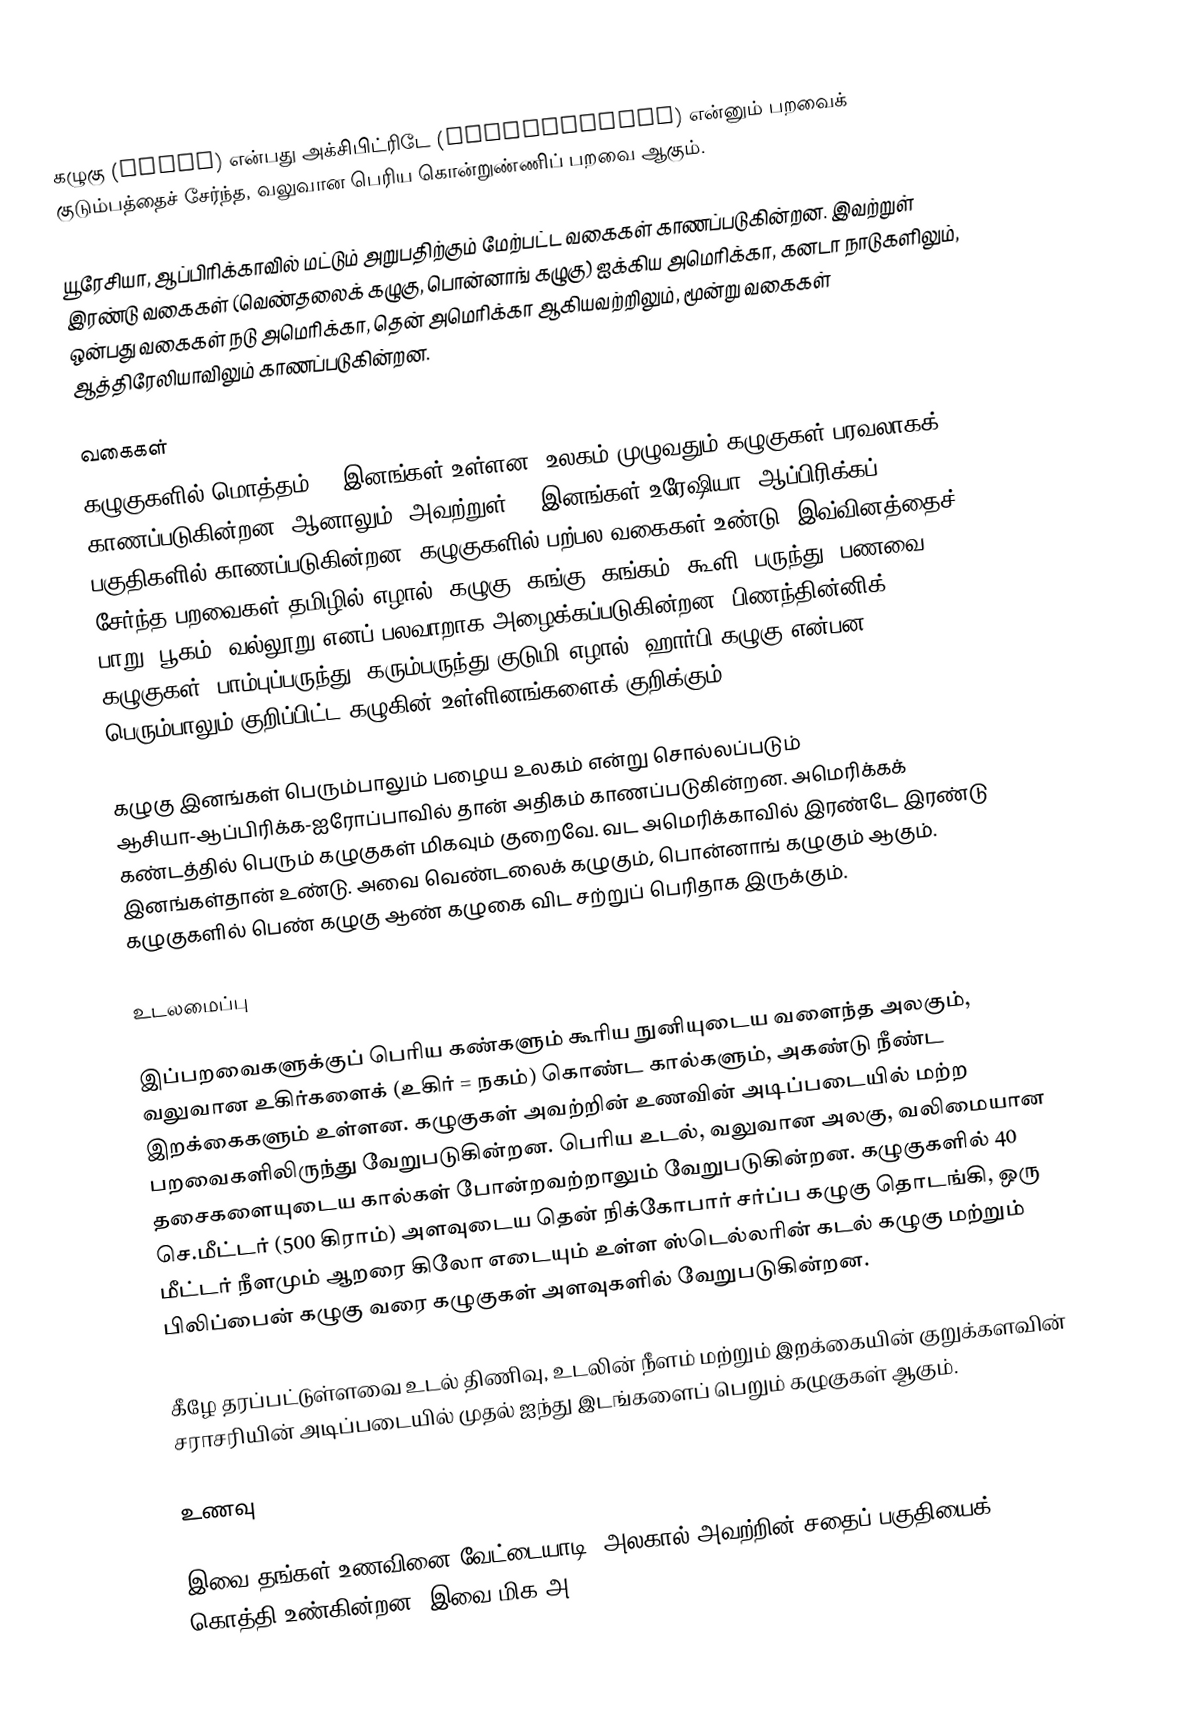
கழுகு (eagle) என்பது அக்சிபிட்ரிடே (accipitridae) என்னும் பறவைக் குடும்பத்தைச் சேர்ந்த, வலுவான பெரிய கொன்றுண்ணிப் பறவை ஆகும்.

யூரேசியா, ஆப்பிரிக்காவில் மட்டும் அறுபதிற்கும் மேற்பட்ட வகைகள் காணப்படுகின்றன. இவற்றுள் இரண்டு வகைகள் (வெண்தலைக் கழுகு, பொன்னாங் கழுகு) ஐக்கிய அமெரிக்கா, கனடா நாடுகளிலும், ஒன்பது வகைகள் நடு அமெரிக்கா, தென் அமெரிக்கா ஆகியவற்றிலும், மூன்று வகைகள் ஆத்திரேலியாவிலும் காணப்படுகின்றன.

வகைகள்
கழுகுகளில் மொத்தம் 74 இனங்கள் உள்ளன. உலகம் முழுவதும் கழுகுகள் பரவலாகக் காணப்படுகின்றன. ஆனாலும், அவற்றுள் 60 இனங்கள் உரேஷியா, ஆப்பிரிக்கப் பகுதிகளில் காணப்படுகின்றன. கழுகுகளில் பற்பல வகைகள் உண்டு. இவ்வினத்தைச் சேர்ந்த பறவைகள் தமிழில் எழால், கழுகு, கங்கு, கங்கம், கூளி, பருந்து, பணவை, பாறு, பூகம், வல்லூறு எனப் பலவாறாக அழைக்கப்படுகின்றன. பிணந்தின்னிக் கழுகுகள், பாம்புப்பருந்து, கரும்பருந்து குடுமி எழால், ஹார்பி கழுகு என்பன பெரும்பாலும் குறிப்பிட்ட கழுகின் உள்ளினங்களைக் குறிக்கும்.

கழுகு இனங்கள் பெரும்பாலும் பழைய உலகம் என்று சொல்லப்படும் ஆசியா-ஆப்பிரிக்க-ஐரோப்பாவில் தான் அதிகம் காணப்படுகின்றன. அமெரிக்கக் கண்டத்தில் பெரும் கழுகுகள் மிகவும் குறைவே. வட அமெரிக்காவில் இரண்டே இரண்டு இனங்கள்தான் உண்டு. அவை வெண்டலைக் கழுகும், பொன்னாங் கழுகும் ஆகும். கழுகுகளில் பெண் கழுகு ஆண் கழுகை விட சற்றுப் பெரிதாக இருக்கும்.

உடலமைப்பு

இப்பறவைகளுக்குப் பெரிய கண்களும் கூரிய நுனியுடைய வளைந்த அலகும், வலுவான உகிர்களைக் (உகிர் = நகம்) கொண்ட கால்களும், அகண்டு நீண்ட இறக்கைகளும் உள்ளன. கழுகுகள் அவற்றின் உணவின் அடிப்படையில் மற்ற பறவைகளிலிருந்து வேறுபடுகின்றன. பெரிய உடல், வலுவான அலகு, வலிமையான தசைகளையுடைய கால்கள் போன்றவற்றாலும் வேறுபடுகின்றன. கழுகுகளில் 40 செ.மீட்டர் (500 கிராம்) அளவுடைய தென் நிக்கோபார் சர்ப்ப கழுகு தொடங்கி, ஒரு மீட்டர் நீளமும் ஆறரை கிலோ எடையும் உள்ள ஸ்டெல்லரின் கடல் கழுகு மற்றும் பிலிப்பைன் கழுகு வரை கழுகுகள் அளவுகளில் வேறுபடுகின்றன.

கீழே தரப்பட்டுள்ளவை உடல் திணிவு, உடலின் நீளம் மற்றும் இறக்கையின் குறுக்களவின் சராசரியின் அடிப்படையில் முதல் ஐந்து இடங்களைப் பெறும் கழுகுகள் ஆகும்.

உணவு

இவை தங்கள் உணவினை வேட்டையாடி, அலகால் அவற்றின் சதைப் பகுதியைக் கொத்தி உண்கின்றன. இவை மிக அ